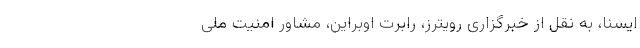
ایسنا، به نقل از خبرگزاری رویترز، رابرت اوبراین، مشاور امنیت ملی